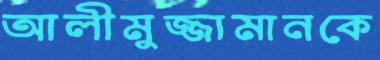
আলীমুজ্জামানকে